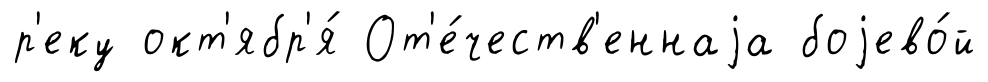
р'еку окт'ябр'я́ От'е́честв'еннаjа боjево́й